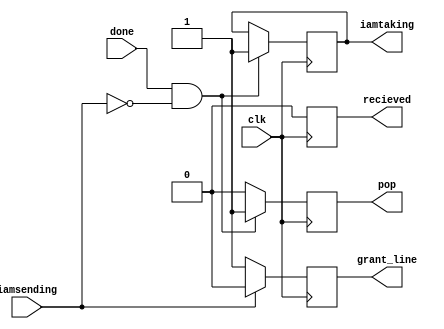
module Memory_controller(
   input clk, 
   input done,
   input iamsending,
   output recieved,
   output iamtaking,
   output grant_line,
   output pop
       
//   input en,
//  input iamtaking, //memory is sending to me
//  input [31:0] data_in,
//  input [31:0] mem_ins

   
//   output grant_line,
//   output [31:0] mem_pro
);
reg grant;
reg taking;
reg rec;
reg pop1;
reg [3:0] done_counter;
initial 
    begin 
    grant=1;
    taking=0;
    done_counter=0;
    pop1=0;
    rec=0;
    end
//initial begin taking=0;
//end
assign iamtaking=taking;
assign grant_line=grant;
always @(posedge clk) 
begin
if(iamsending==1) // when the processor is sending the data grant line=0
    begin
        grant=0;
    end
else if(iamsending==0) 
    begin
        grant=1;
    end

end
always @(posedge  done) 
begin
      done_counter=0;
end
always @(posedge clk)
begin 
if(pop1==1) pop1=0;
if(rec==1) rec=0;
if((done==1 || done_counter>0) && iamsending==0)
    begin 
        done_counter=done_counter+1;
        taking=1;
        if(done_counter==1) pop1=1; // if memory has send the data pop it from mem to queue
        if(done_counter==10) begin
            done_counter=0;
            taking=0;               // stores wheather the processor is taking data from memory or not
            rec=1;
            end
           
    end
end
assign pop=pop1;
assign recieved=rec;
endmodule